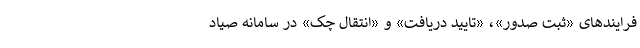
فرایندهای «ثبت صدور»، «تایید دریافت» و «انتقال چک» در سامانه صیاد